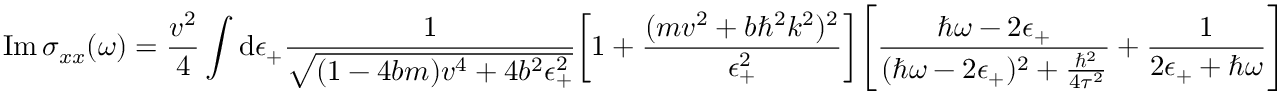
\mathrm { I m } \, \sigma _ { x x } ( \omega ) = \frac { v ^ { 2 } } { 4 } \int \mathrm { d } \epsilon _ { + } \frac { 1 } { \sqrt { ( 1 - 4 b m ) v ^ { 4 } + 4 b ^ { 2 } \epsilon _ { + } ^ { 2 } } } \bigg [ 1 + \frac { ( m v ^ { 2 } + b \hbar ^ { 2 } k ^ { 2 } ) ^ { 2 } } { \epsilon _ { + } ^ { 2 } } \bigg ] \Bigg [ \frac { \hbar \omega - 2 \epsilon _ { + } } { ( \hbar \omega - 2 \epsilon _ { + } ) ^ { 2 } + \frac { \hbar ^ { 2 } } { 4 \tau ^ { 2 } } } + \frac { 1 } { 2 \epsilon _ { + } + \hbar \omega } \Bigg ]